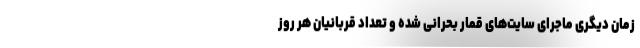
زمان دیگری ماجرای سایت‌های قمار بحرانی شده و تعداد قربانیان هر روز